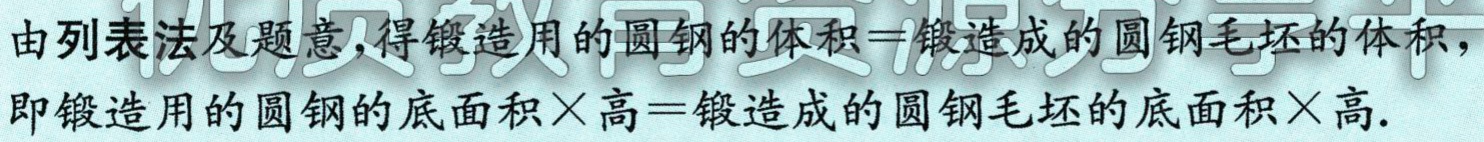
由列表法及题意,得锻造用的圆钢的体积=锻造成的圆钢毛坯的体积,

即锻造用的圆钢的底面积×高=锻造成的圆钢毛坯的底面积×高.